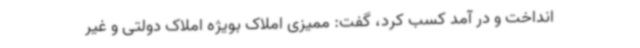
انداخت و در آمد کسب کرد، گفت: ممیزی املاک بویژه املاک دولتی و غیر